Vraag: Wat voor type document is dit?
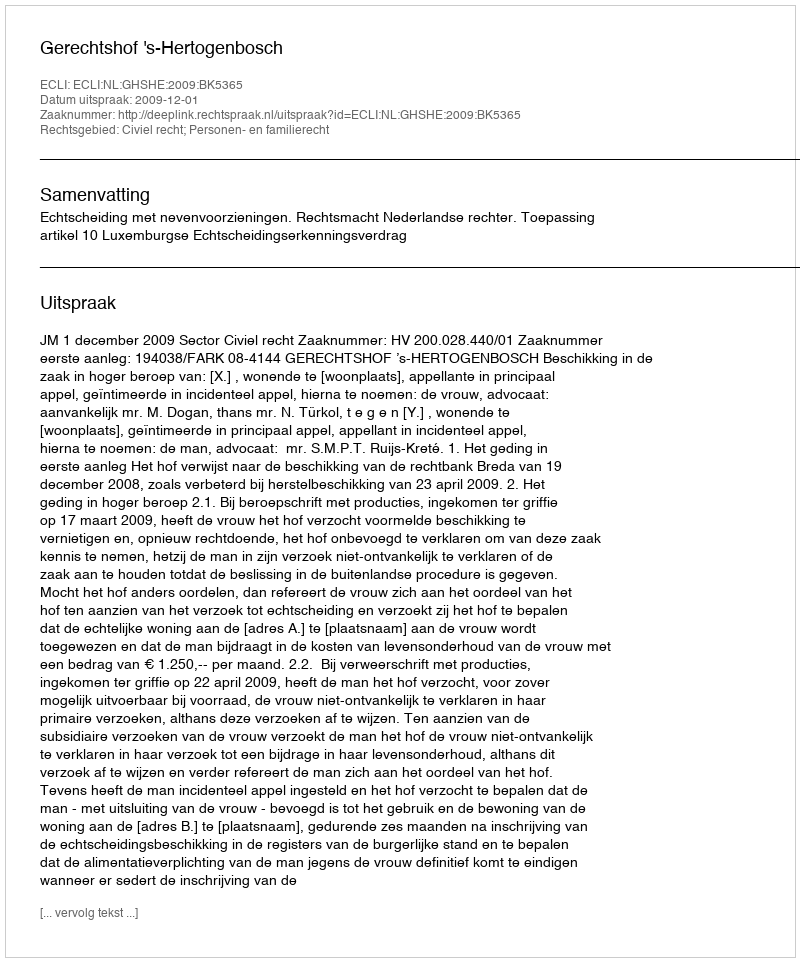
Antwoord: Uitspraak